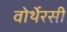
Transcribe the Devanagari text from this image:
वोर्थेरसी